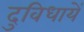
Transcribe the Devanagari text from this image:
दुविधायें